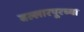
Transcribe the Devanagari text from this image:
बल्लारपूरच्या